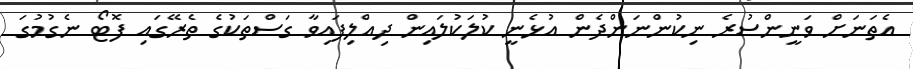
އެތަނަށް ވަނީންސުރެ ނިކުންނަންދެން އުޅެނީ ކުލަކުލައިން ދިއްލިފައިވާ ގަސްތަކުގެ ތެރޭގައި ފޮޓޯ ނެގުމުގަ